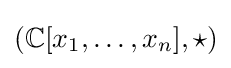
(\mathbb {C} [x_{1},\dots ,x_{n}],\star )